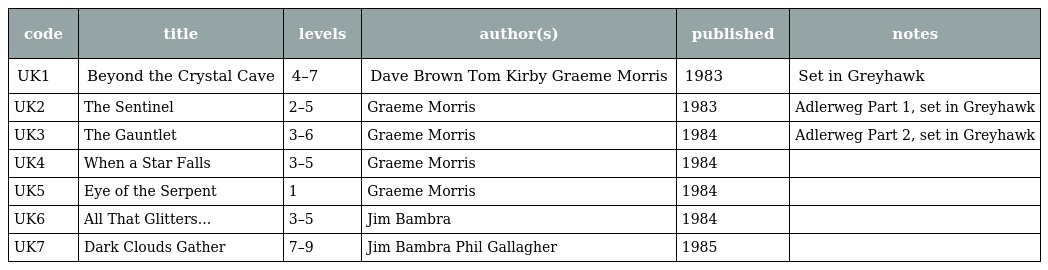
| code | title | levels | author(s) | published | notes |
 | --- | --- | --- | --- | --- | --- |
 | UK1 | Beyond the Crystal Cave | 4–7 | Dave Brown Tom Kirby Graeme Morris | 1983 | Set in Greyhawk |
 | UK2 | The Sentinel | 2–5 | Graeme Morris | 1983 | Adlerweg Part 1, set in Greyhawk |
 | UK3 | The Gauntlet | 3–6 | Graeme Morris | 1984 | Adlerweg Part 2, set in Greyhawk |
 | UK4 | When a Star Falls | 3–5 | Graeme Morris | 1984 |  |
 | UK5 | Eye of the Serpent | 1 | Graeme Morris | 1984 |  |
 | UK6 | All That Glitters... | 3–5 | Jim Bambra | 1984 |  |
 | UK7 | Dark Clouds Gather | 7–9 | Jim Bambra Phil Gallagher | 1985 |  |